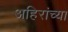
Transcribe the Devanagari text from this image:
अहिरांच्या